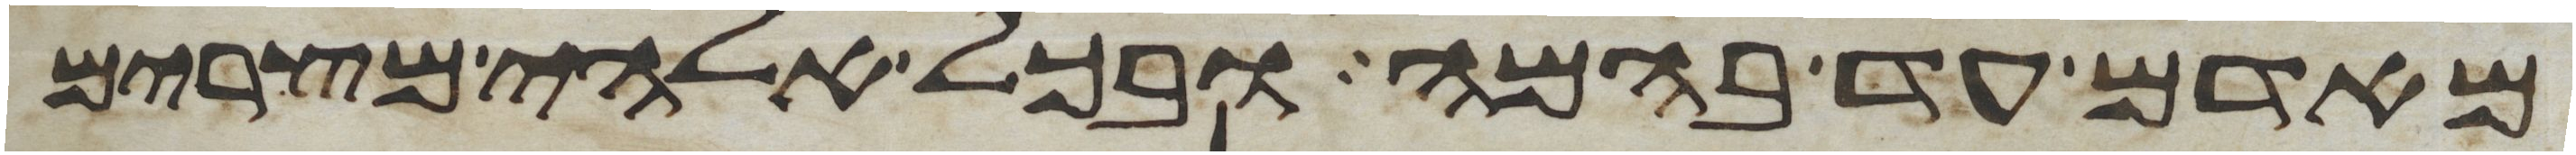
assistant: מאדם עד בהמה ובכל אלהי מצרים